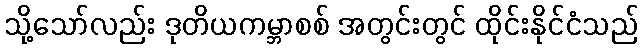
သို့သော်လည်း ဒုတိယကမ္ဘာစစ် အတွင်းတွင် ထိုင်းနိုင်ငံသည်